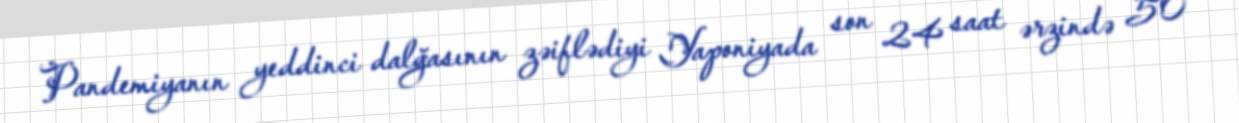
Pandemiyanın yeddinci dalğasının zəiflədiyi Yaponiyada son 24 saat ərzində 50